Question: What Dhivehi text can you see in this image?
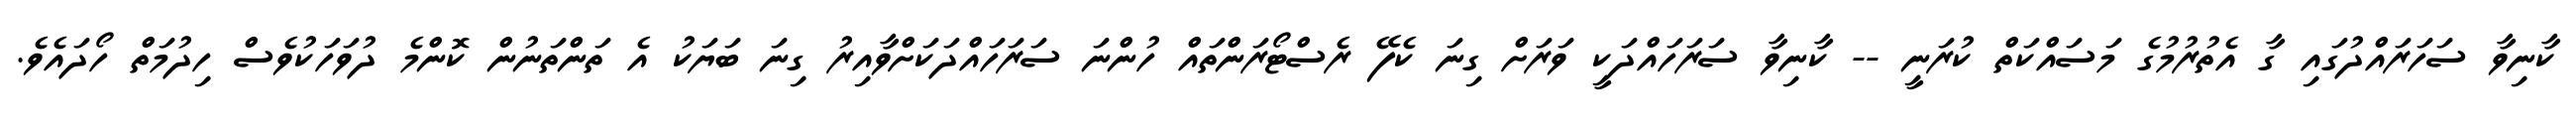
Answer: ކާނިވާ ސަހަރައްދުގައި ގާ އެތުރުމުގެ މަސައްކަތް ކުރަނީ -- ކާނިވާ ސަރަހައްދަކީ ވަރަށް ގިނަ ކެފޭ ރެސްޓޯރަންތައް ހުންނަ ސަރަހައްދަކަށްވާއިރު ގިނަ ބަޔަކު އެ ތަންތަނުން ކޮންމެ ދުވަހަކުވެސް ހިދުމަތް ހޯދައެވެ.